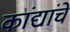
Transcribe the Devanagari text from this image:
कांद्यांचे